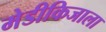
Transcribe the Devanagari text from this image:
मेडीकिजाला